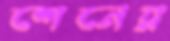
শেনের